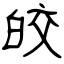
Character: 皎